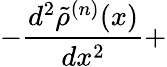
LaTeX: -\frac{d^{2}\tilde{\rho}^{(n)}(x)}{dx^{2}}+